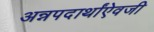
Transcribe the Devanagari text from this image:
अन्नपदार्थांऐवजी